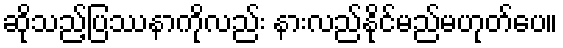
ဆိုသည့်ပြဿနာကိုလည်း နားလည်နိုင်မည်မဟုတ်ပေ။